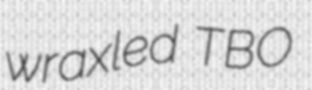
wraxled TBO